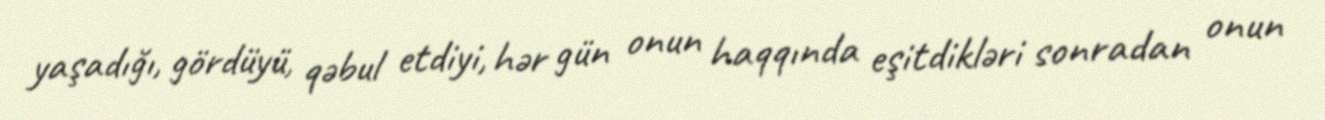
yaşadığı, gördüyü, qəbul etdiyi, hər gün onun haqqında eşitdikləri sonradan onun